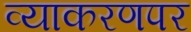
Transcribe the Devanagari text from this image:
व्याकरणपर